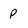
Character: P